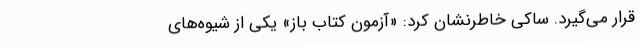
قرار می‌گیرد. ساکی خاطرنشان کرد: «آزمون کتاب باز» یکی از شیوه‌های